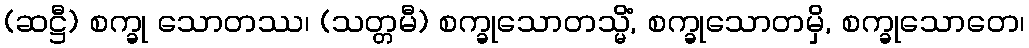
(ဆဋ္ဌီ) စက္ခု သောတဿ၊ (သတ္တမီ) စက္ခုသောတသ္မိံ, စက္ခုသောတမှိ, စက္ခုသောတေ၊